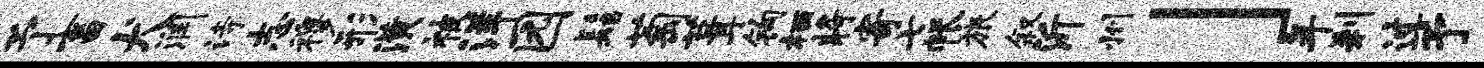
予畜犬润诗志穆形潢被洋园髻萄葺钩栖将寄七帐旅叙沂州」年刹过予